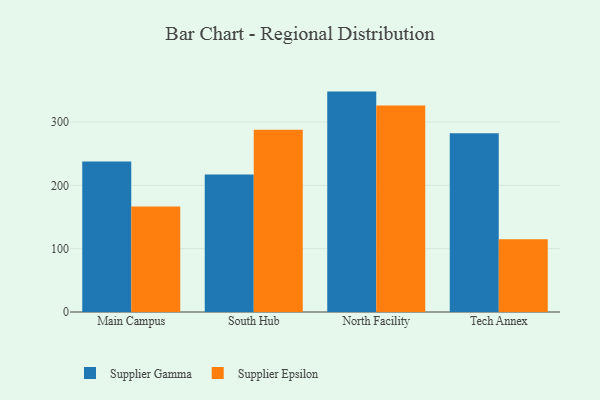
{"axis": {"x": "Campus", "y": "Demand Index"}, "legend": ["Supplier Epsilon", "Supplier Gamma"], "data": [{"x": "Main Campus", "y": 237.8, "type": "Supplier Gamma"}, {"x": "Main Campus", "y": 166.7, "type": "Supplier Epsilon"}, {"x": "South Hub", "y": 217.3, "type": "Supplier Gamma"}, {"x": "South Hub", "y": 288.1, "type": "Supplier Epsilon"}, {"x": "North Facility", "y": 348.2, "type": "Supplier Gamma"}, {"x": "North Facility", "y": 326.2, "type": "Supplier Epsilon"}, {"x": "Tech Annex", "y": 282.4, "type": "Supplier Gamma"}, {"x": "Tech Annex", "y": 114.8, "type": "Supplier Epsilon"}]}